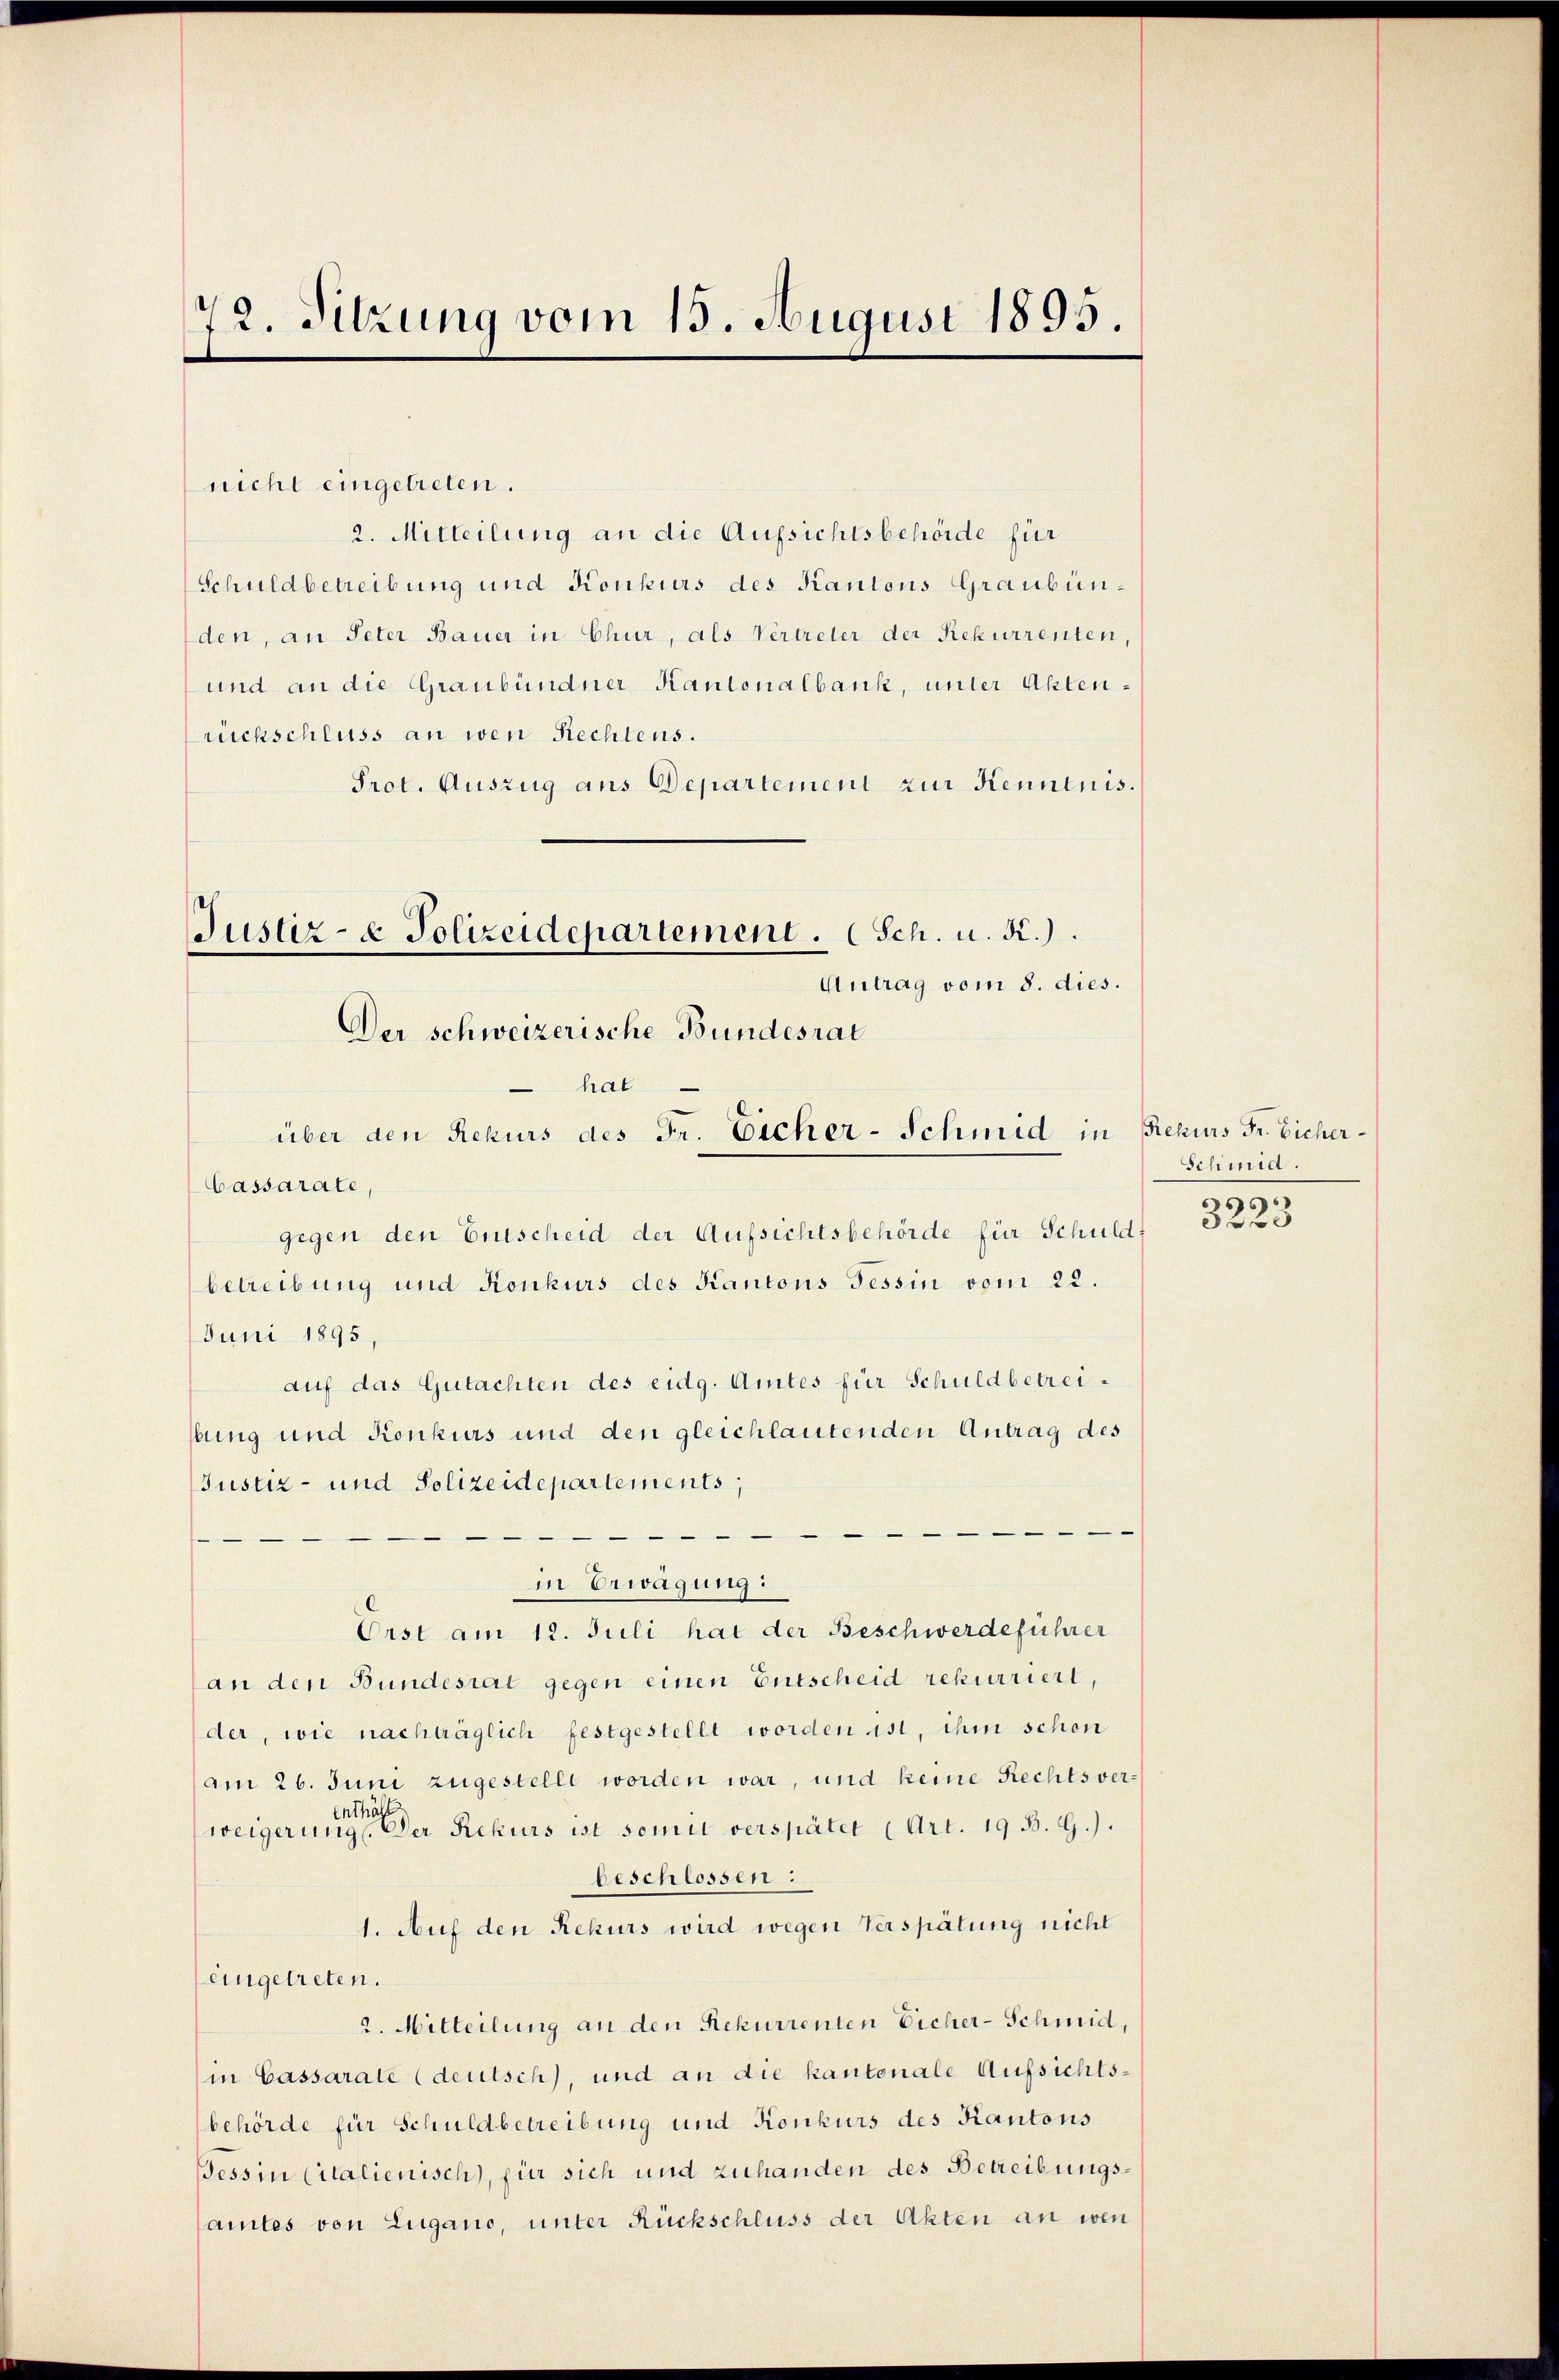
72. Sitzung vom 15. August 1893.

nicht eingetreten.
2. Mitteilung an die Aufsichtsbehörde für
Schuldbetreibung und Konkurs des Kantons Graubünden, an Peter Bauer in Chur, als Vertreter der Rekurrenten,
und an die Graubündner Kantonalbank, unter Aktenrückschluss an wen Rechtens.
Prot. Auszug aus Departement zur Kenntnis.
hat
Cassarate,
gegen den Entscheid der Aufsichtsbehörde für Schuld,
betreibung und Konkurs des Kantons Tessin vom 22.
Juni 1895,
auf das Gutachten des eidg. Amtes für Schuldbetreibung und Konkurs und den gleichlautenden Antrag des
Justiz- und Polizeidepartements;
e
in Erwägung:
Orst am 12. Juli hat der Beschwerdeführer
an den Bundesrat gegen einen Entscheid rekurriert,
der, wie nachträglich festgestellt worden ist, ihm schon
am 26. Juni zugestellt worden war, und keine Rechtsver¬
Enthäl
weigerung. Der Rekurs ist somit verspäter (Art. 19 B. G.).
beschlossen:
1. Auf den Rekurs wird wegen Verspätung nicht
eingetreten.
2. Mitteilung an den Rekurrenten Eicher-Schmid,
in Cassarate (deutsch), und an die kantonale Aufsichtsbehörde für Schuldbetreibung und Konkurs des Kantons
Tessin Citalienisch), für sich und zuhanden des Betreibungsamtes von Zugano, unter Rückschluss der Akten an wen

Justiz- & Polizeidepartement. (Sch. u. R.).
Antrag vom 8. dies.
Der schweizerische Bundesrat

über den Rekurs des Fr. Eicher-Schmid in Rekurs Fr. Eicher¬

Schmid.
189
0 f 30